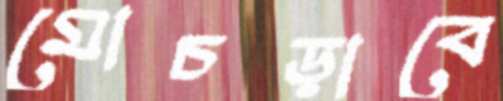
মোচড়াবে